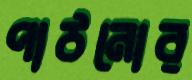
পাঠনোর